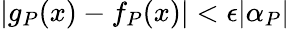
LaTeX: |g_{P}(x)-f_{P}(x)|<\epsilon|\alpha_{P}|